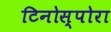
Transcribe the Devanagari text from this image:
टिनोस्पोरा